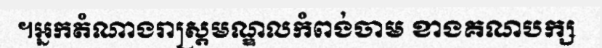
។អ្នកតំណាងរាស្ត្រមណ្ឌលកំពង់ចាម ខាងគណបក្ស